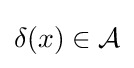
\delta (x)\in {\mathcal {A}}\,\!